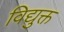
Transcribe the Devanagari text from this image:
विद्युक्त